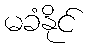
မခံနိုင်